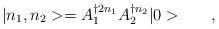
LaTeX: \begin{align*}{}|n_1,n_2> = A_1^{\dagger 2{n_1}} A_2^{\dagger {n_2}} |0>\qquad,\end{align*}